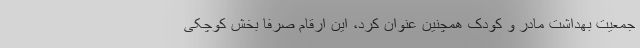
جمعیت بهداشت مادر و کودک همچنین عنوان کرد، این ارقام صرفاً بخش کوچکی